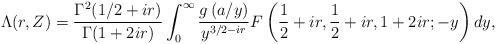
LaTeX: \begin{align*}\Lambda(r,Z)=\frac{\Gamma^2(1/2+ir)}{\Gamma(1+2ir)}\int_{0}^{\infty}\frac{g\left( a/y\right)}{y^{3/2-ir}}F\left( \frac{1}{2}+ir,\frac{1}{2}+ir,1+2ir;-y\right)dy,\end{align*}